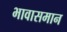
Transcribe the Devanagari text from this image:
भावासमान